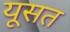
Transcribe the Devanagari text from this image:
यूसत